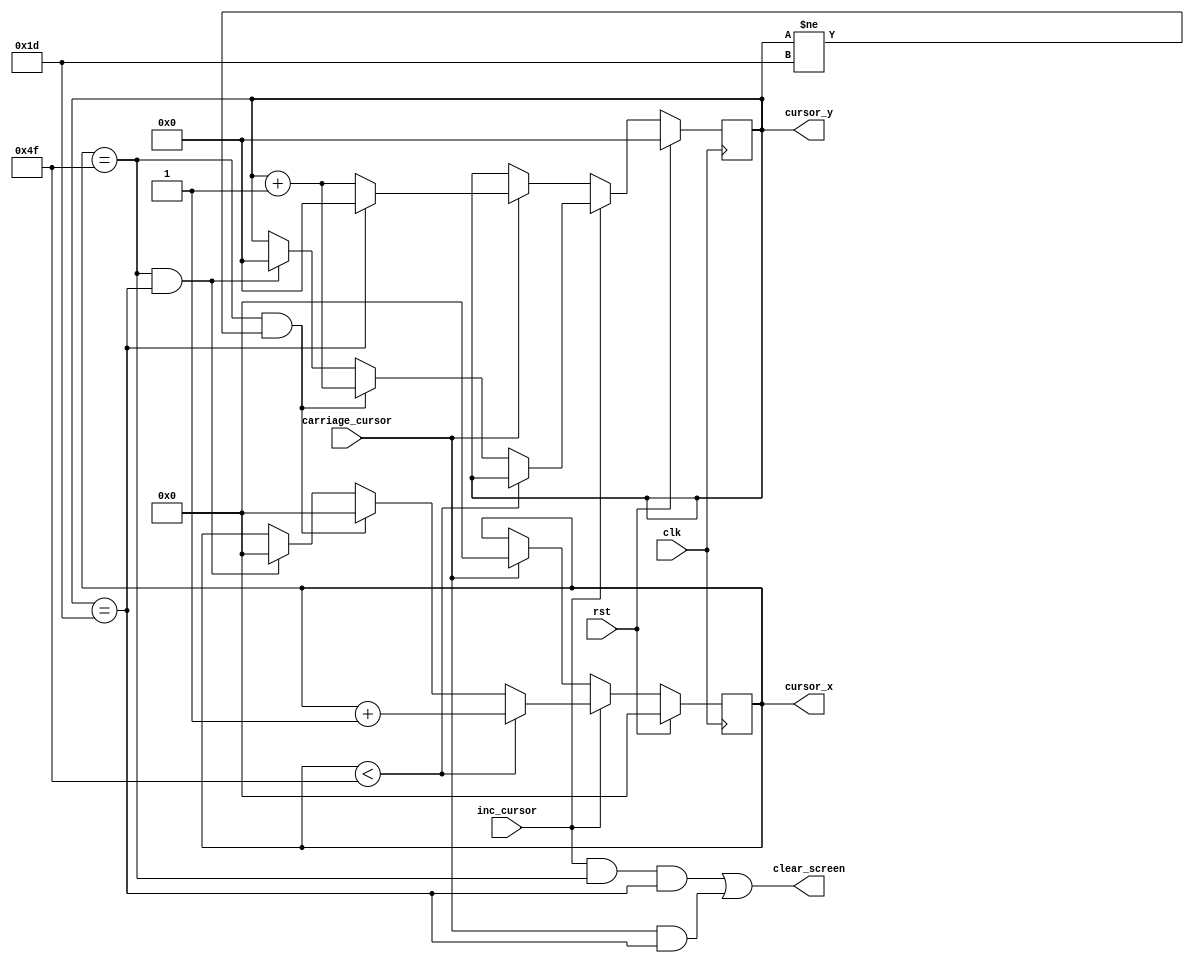
// This is part of the ECE241 final project
// This file contains the cursor counter that save the current position for printing to the screen

module text_diaplay_cursor(clk, rst, inc_cursor, carriage_cursor, clear_screen, cursor_x, cursor_y);
    input clk;
    input rst;
    input inc_cursor;
    input carriage_cursor;

    output clear_screen;
    output reg [6:0]cursor_x;
    output reg [4:0]cursor_y;

    always @ (posedge clk)
    begin
        if (rst)
        begin
            cursor_x <= 7'b0;
            cursor_y <= 5'b0;
        end
        else if (inc_cursor)
        begin
            if (cursor_x < 7'd79)
                cursor_x <= cursor_x + 1'b1;
            else if ((cursor_x == 7'd79) && (cursor_y != 5'd29))
            begin
                cursor_x <= 7'b0;
                cursor_y <= cursor_y + 1'b1;
            end
            else if ((cursor_x == 7'd79) && (cursor_y == 5'd29))
            begin
                cursor_x <= 7'b0;
                cursor_y <= 5'b0;
            end
        end
        else if (carriage_cursor)
        begin
            if (cursor_y == 5'd29)
            begin
                cursor_x <= 7'b0;
                cursor_y <= 5'b0;
            end
            else
            begin
                cursor_x <= 7'b0;
                cursor_y <= cursor_y + 1'b1;
            end
        end
    end

    assign clear_screen = (inc_cursor && (cursor_x == 7'd79) && (cursor_y == 5'd29)) || (carriage_cursor && (cursor_y == 5'd29));
endmodule